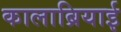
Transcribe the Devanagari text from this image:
कालाब्रियाई